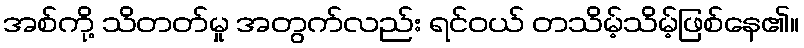
အစ်ကို့ သိတတ်မှု အတွက်လည်း ရင်ဝယ် တသိမ့်သိမ့်ဖြစ်နေ၏။